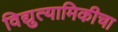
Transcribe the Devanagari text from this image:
विद्युत्यामिकीचा